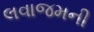
લવાજમની